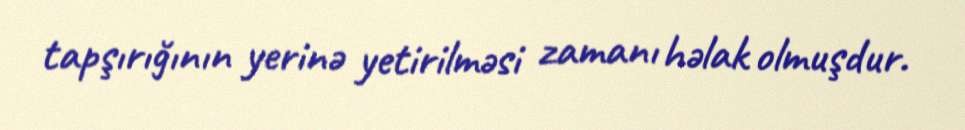
tapşırığının yerinə yetirilməsi zamanı həlak olmuşdur.